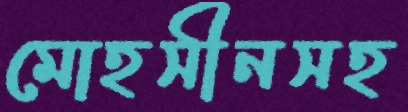
মোহসীনসহ